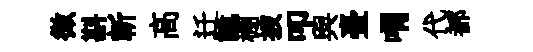
微斟斬髙迁詭棚披叩與臺喟代都